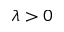
\lambda > 0